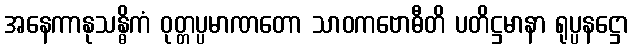
အနေကာနုသန္ဓိကံ ဝုတ္တပ္ပမာဏတော သာဝကဗောဓီတိ ပတိဋ္ဌမာနာ ရုပ္ပနဋ္ဌော